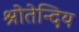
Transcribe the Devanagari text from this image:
श्रोतेन्दिय